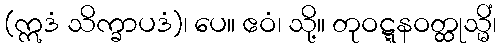
(ဣဒံ သိက္ခာပဒံ)၊ ပေ။ ဧဝံ၊ သို့။ တုဝဋ္ဋနဝတ္ထုသ္မိံ၊